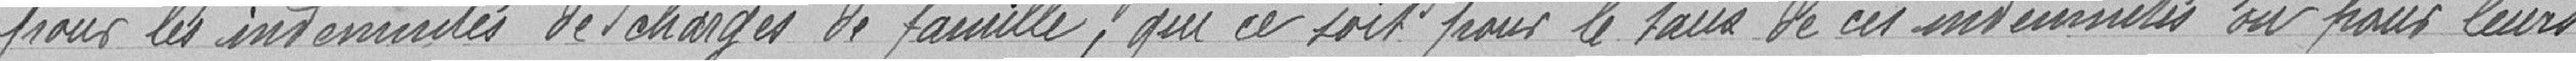
pour les indemnités de charges de famille, que ce soit pour le taux de ces indemnités ou pour leurs